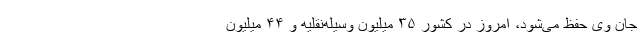
جان وی حفظ می‌شود، امروز در کشور ۳۵ میلیون وسیله‌نقلیه و ۴۴ میلیون